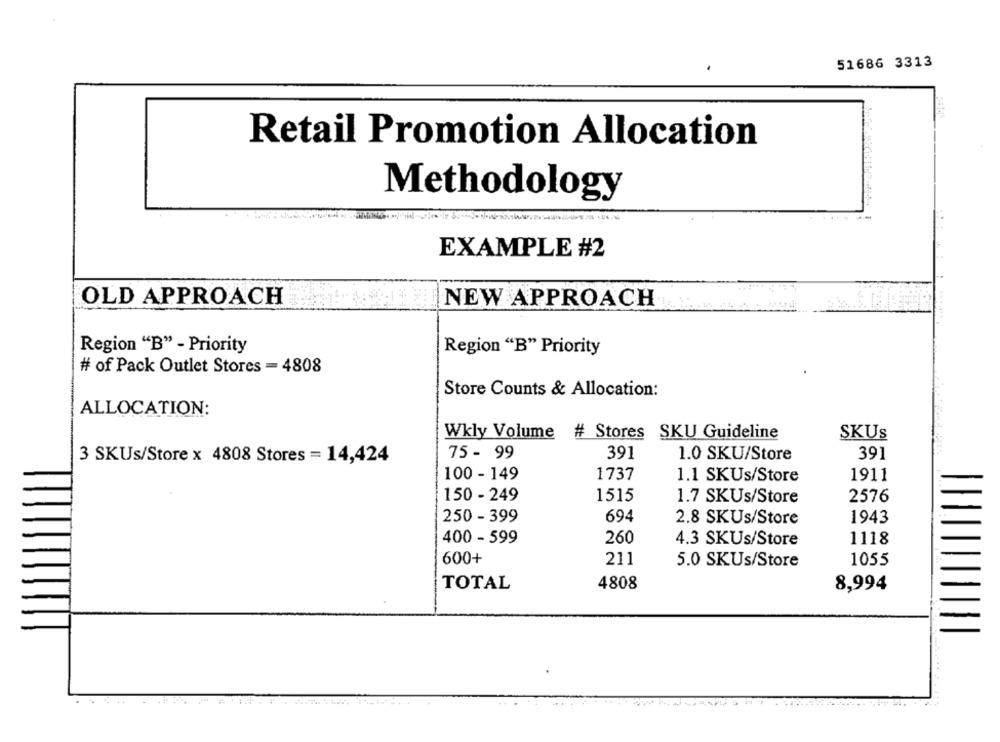
51686 3313
Retail Promotion Allocation
Methodology
EXAMPLE #2
OLD APPROACH
NEW APPROACH
Region "B" - Priority
Region "B" Priority
# of Pack Outlet Stores = 4808
Store Counts & Allocation:
ALLOCATION:
Wkly Volume # Stores SKU Guideline
SKUS
3 SKUs/Store x 4808 Stores = 14,424
75 - 99
391
1.0 SKU/Store
391
100 - 149
1737
1.1 SKUs/Store
1911
150 - 249
1515
2576
1.7 SKUs/Store
250 - 399
694
1943
2.8 SKUs/Store
400 - 599
260
4.3 SKUs/Store
1118
600+
211
5.0 SKUs/Store
1055
TOTAL
4808
8,994